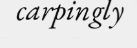
carpingly